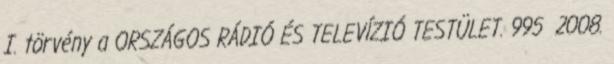
I. törvény a ORSZÁGOS RÁDIÓ ÉS TELEVÍZIÓ TESTÜLET. 995 2008.